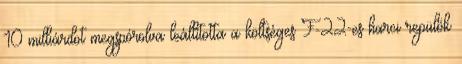
10 milliárdot megspórolva leállította a költséges F-22-es harci repülők